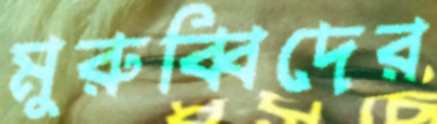
মুরুব্বিদের